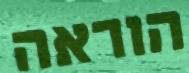
הוראה